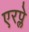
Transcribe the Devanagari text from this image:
एरप्ले